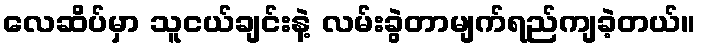
လေဆိပ်မှာ သူငယ်ချင်းနဲ့ လမ်းခွဲတာမျက်ရည်ကျခဲ့တယ်။